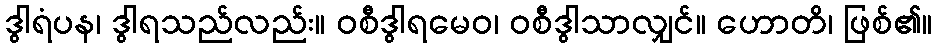
ဒွါရံပန၊ ဒွါရသည်လည်း။ ဝစီဒွါရမေဝ၊ ဝစီဒွါသာလျှင်။ ဟောတိ၊ ဖြစ်၏။